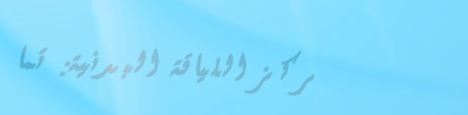
مركز اللياقة البدنية: تما